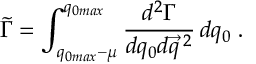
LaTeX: \tilde { \Gamma } = \int _ { q _ { 0 m a x } - \mu } ^ { q _ { 0 m a x } } \frac { d ^ { 2 } \Gamma } { d q _ { 0 } d \vec { q } \, ^ { 2 } } \, d q _ { 0 } \; .